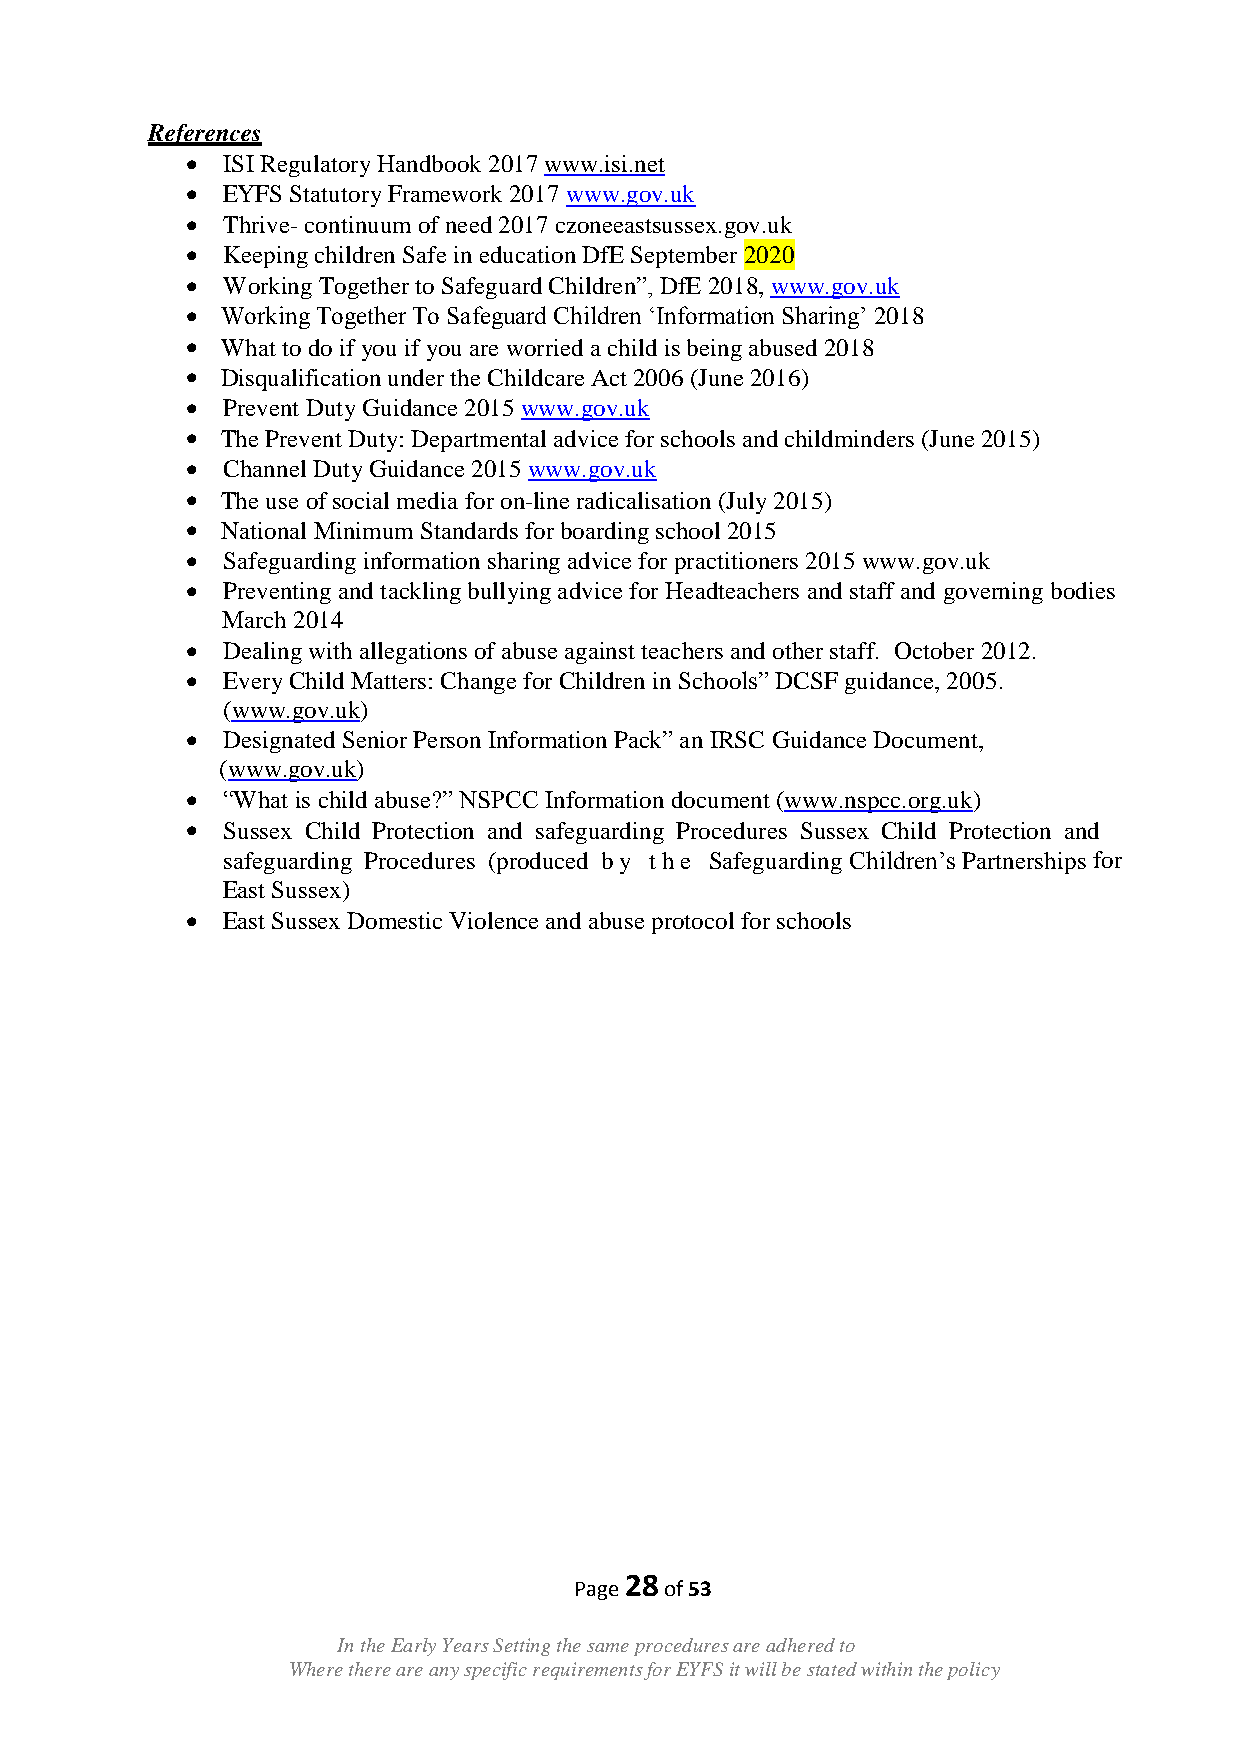
References
   ISI Regulatory Handbook 2017 www.isi.net
   EYFS Statutory Framework 2017 www.gov.uk
   Thrive- continuum of need 2017 czoneeastsussex.gov.uk
   Keeping children Safe in education DfE September 2020
   Working Together to Safeguard Children”, DfE 2018, www.gov.uk
   Working Together To Safeguard Children „Information Sharing‟ 2018
   What to do if you if you are worried a child is being abused 2018
   Disqualification under the Childcare Act 2006 (June 2016)
   Prevent Duty Guidance 2015 www.gov.uk
   The Prevent Duty: Departmental advice for schools and childminders (June 2015)
   Channel Duty Guidance 2015 www.gov.uk
   The use of social media for on-line radicalisation (July 2015)
   National Minimum Standards for boarding school 2015
   Safeguarding information sharing advice for practitioners 2015 www.gov.uk
   Preventing and tackling bullying advice for Headteachers and staff and governing bodies
 March 2014
   Dealing with allegations of abuse against teachers and other staff. October 2012.
   Every Child Matters: Change for Children in Schools” DCSF guidance, 2005.
 (www.gov.uk)
   Designated Senior Person Information Pack” an IRSC Guidance Document,
 (www.gov.uk)
   “What is child abuse?” NSPCC Information document (www.nspcc.org.uk)
   Sussex Child Protection and safeguarding Procedures Sussex Child Protection and
 safeguarding Procedures (produced by the Safeguarding Children‟s Partnerships for
 East Sussex)
   East Sussex Domestic Violence and abuse protocol for schools
 28
 Page  of 53
 In the Early Years Setting the same procedures are adhered to
 Where there are any specific requirements for EYFS it will be stated within the policy